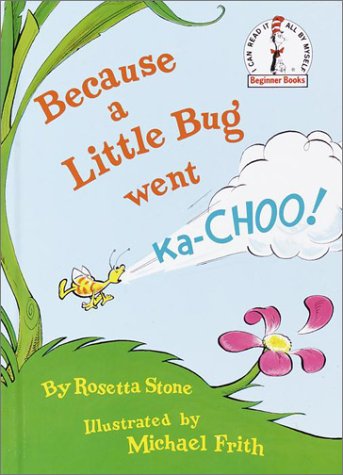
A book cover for Because a Little Bug Went Ka-Choo; Rosetta Stone; Children's Books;